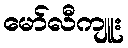
မော်လီကျူး